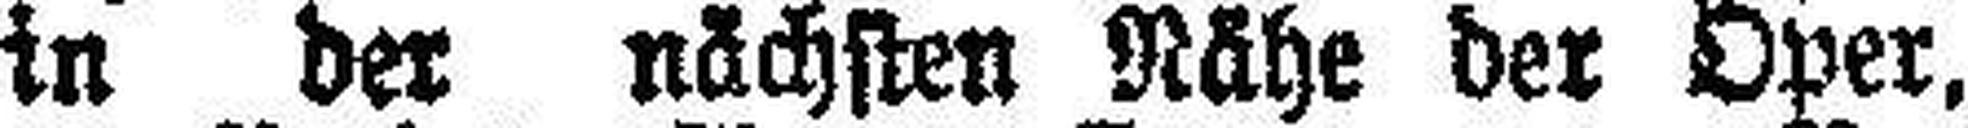
in der nächsten Nähe der Oper,